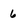
Character: 6